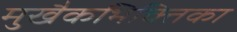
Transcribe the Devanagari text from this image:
मुखैकभिक्तिका